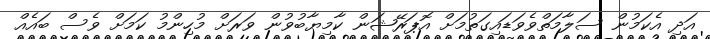
އަދި އެކަމުން ސަލާމަތްވެވަޑައިގަތުމަށް އޮޕަރޭޝަން ކާމިޔާބުވުން ވަރަށް މުހިންމު ކަމަށް ވެސް ބައެއް